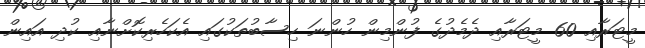
މީޓަރާއި 60 މީޓަރާއި ދެމެދުގެ ފުންމިން ހުންނަ ހިސާބުތަކުގައި އެކަހެރިކޮށްނާއި ކުދި އައިން